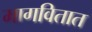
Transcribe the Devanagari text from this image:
मागवितात